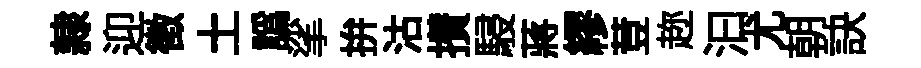
隷迎徵土譌挲拚沽攅駸蔣繆荳趂汩尤朝訣